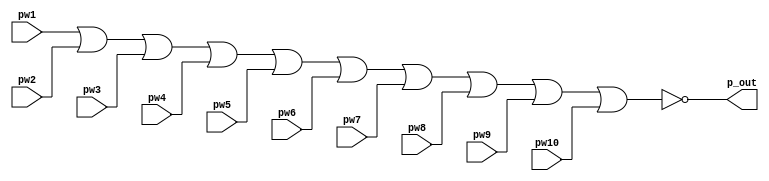
`timescale 1ns / 1ps
//////////////////////////////////////////////////////////////////////////////////
// Company: 
// Engineer: 
// 
// Design Name: 
// Module Name: huofei
// Project Name: 
// Target Devices: 
// Tool Versions: 
// Description: 
// 
// Dependencies: 
// 
// Revision:
// Revision 0.01 - File Created
// Additional Comments:
// 
//////////////////////////////////////////////////////////////////////////////////

module huofei(
    input pw1, pw2, pw3, pw4,input pw5, input pw6, input pw7, input pw8,
	input pw9, input pw10, 
    output reg p_out
    );
    
    always@(*)
    begin
        p_out = pw1 | pw2 | pw3 | pw4 | pw5 | pw6 | pw7 | pw8 | pw9 | pw10 ;
    p_out=~p_out;
    end
  
endmodule